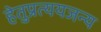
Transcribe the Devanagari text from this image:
हेतुप्रत्ययजन्य